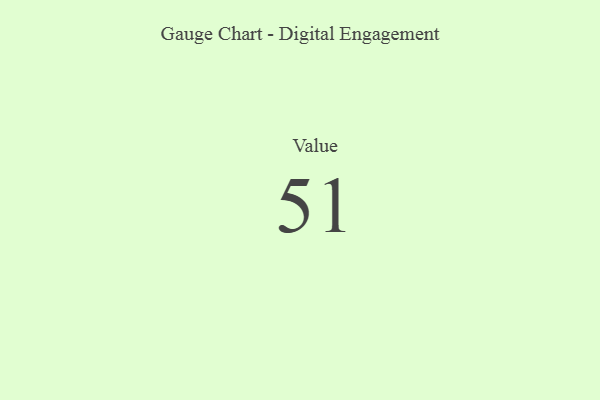
{"axis": {"x": "Metric", "y": "Value"}, "legend": [""], "data": [{"x": "Value", "y": 51, "type": ""}]}